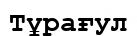
Тұрағул